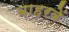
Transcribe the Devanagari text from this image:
बाहरवें